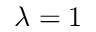
\lambda = 1